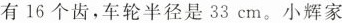
有16个齿，车轮半径是33cm。小辉家